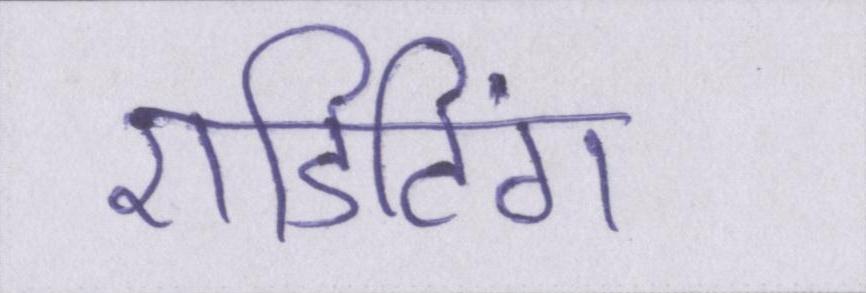
एडिटिंग